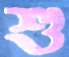
শু